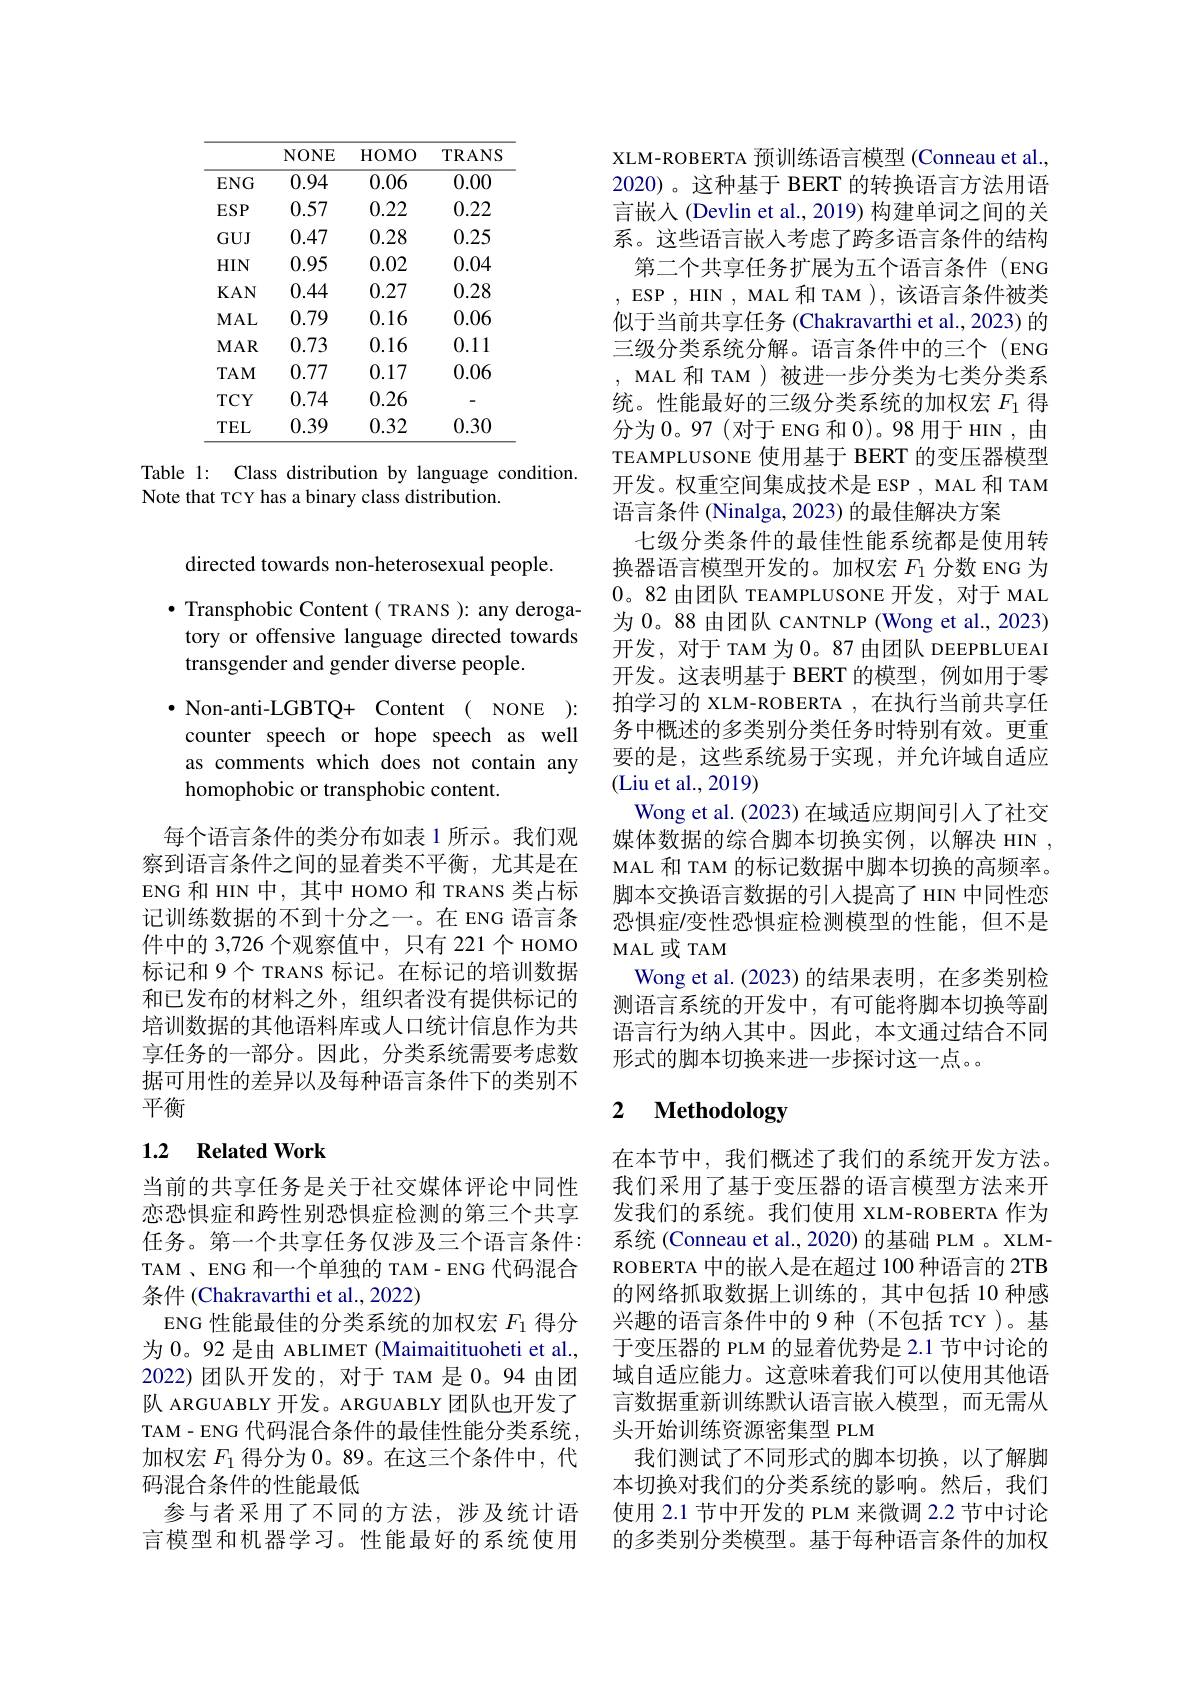
<table>
	<tbody>
		<tr>
			<th> </th>
			<th>NONE</th>
			<th>${\mathrm{HOMO}}$</th>
			<th>$\mathbf{TRANS}$</th>
		</tr>
		<tr>
			<td>$ENG$</td>
			<td>0.94</td>
			<td>0.06</td>
			<td>0.00</td>
		</tr>
		<tr>
			<td>$ESP$</td>
			<td>0.57</td>
			<td>0.22</td>
			<td>0.22</td>
		</tr>
		<tr>
			<td>$GUJ$</td>
			<td>0.47</td>
			<td>0.28</td>
			<td>0.25</td>
		</tr>
		<tr>
			<td>$HIN$</td>
			<td>0.95</td>
			<td>0.02</td>
			<td>0.04</td>
		</tr>
		<tr>
			<td>$KAN$</td>
			<td>0.44</td>
			<td>0.27</td>
			<td>0.28</td>
		</tr>
		<tr>
			<td>$MAL$</td>
			<td>0.79</td>
			<td>0.16</td>
			<td>0.06</td>
		</tr>
		<tr>
			<td>$MAR$</td>
			<td>0.73</td>
			<td>0.16</td>
			<td>0.11</td>
		</tr>
		<tr>
			<td>$TAM$</td>
			<td>0.77</td>
			<td>0.17</td>
			<td>0.06</td>
		</tr>
		<tr>
			<td>$TCY$</td>
			<td>0.74</td>
			<td>0.26</td>
			<td> </td>
		</tr>
		<tr>
			<td>$TEL$</td>
			<td>0.39</td>
			<td>0.32</td>
			<td>0.30</td>
		</tr>
	</tbody>
</table>

Table 1: Class distribution by language condition.
Note that TCY has a binary class distribution.

directed towards non-heterosexual people.
$\bullet$ Transphobic Content( TRANS ): any deroga-
tory or offensive language directed towards
transgender and gender diverse people.
$\bullet$ Non-anti-LGBTQ+ Content ( NONE ): counter speech or hope speech as well as comments which does not contain any homophobic or transphobic content.

每个语言条件的类分布如表 1 所示。我们观察到语言条件之间的显着类不平衡，尤其是在ENG 和 HIN 中，其中 HOMO 和 TRANS 类占标记训练数据的不到十分之一。在 ENG 语言条件中的 3,726 个观察值中，只有 221 个 HOMO 标记和 9个 TRANS 标记。在标记的培训数据和已发布的材料之外，组织者没有提供标记的培训数据的其他语料库或人口统计信息作为共享任务的一部分。因此，分类系统需要考虑数据可用性的差异以及每种语言条件下的类别不平衡

## 1.2 Related Work

当前的共享任务是关于社交媒体评论中同性恋恐惧症和跨性别恐惧症检测的第三个共享任务。第一个共享任务仅涉及三个语言条件： TAM 、ENG 和一个单独的 TAM-ENG 代码混合条件 (Chakravarthi et al., 2022)
ENG 性能最佳的分类系统的加权宏$F_{1}$得分为 0。92 是由 ABLIMET (Maimaitituoheti et al., 2022)团队开发的，对于 TAM 是0。94由团队 ARGUABLY 开发。ARGUABLY 团队也开发了TAM-ENG 代码混合条件的最佳性能分类系统， 加权宏$F_{1}$得分为0。89。在这三个条件中，代码混合条件的性能最低
参与者采用了不同的方法，涉及统计语言模型和机器学习。性能最好的系统使用

XLM-ROBERTA 预训练语言模型 (Conneau et al., 2020)。这种基于 BERT 的转换语言方法用语言嵌入(Devlin et al., 2019) 构建单词之间的关系。这些语言嵌人考虑了跨多语言条件的结构第二个共享任务扩展为五个语言条件(ENG ,ESP,HIN,MAL 和 TAM),该语言条件被类似于当前共享任务 (Chakravarthi et al., 2023) 的三级分类系统分解。语言条件中的三个(ENG , MAL 和 TAM )被进一步分类为七类分类系统。性能最好的三级分类系统的加权宏$F_{1}$得分为0。97(对于ENG 和0)。98 用于 HIN ,由TEAMPLUSONE 使用基于 BERT 的变压器模型开发。权重空间集成技术是 ESP , MAL 和 TAM 语言条件 (Ninalga, 2023) 的最佳解决方案
七级分类条件的最佳性能系统都是使用转换器语言模型开发的。加权宏$F_{1}$分数 ENG 为0。82由团队 TEAMPLUSONE 开发，对于 MAL 为 0。88 由团队 CANTNLP (Wong et al., 2023) 开发，对于 TAM 为0。87 由团队 DEEPBLUEAI 开发。这表明基于 BERT 的模型，例如用于零拍学习的 XLM-ROBERTA ,在执行当前共享任务中概述的多类别分类任务时特别有效。更重要的是，这些系统易于实现，并允许域自适应(Liu et al., 2019)
Wong et al. (2023) 在域适应期间引入了社交媒体数据的综合脚本切换实例，以解决 HIN , MAL 和 TAM 的标记数据中脚本切换的高频率。脚本交换语言数据的引入提高了 HIN 中同性恋恐惧症/变性恐惧症检测模型的性能，但不是MAL 或 TAM
Wong et al.(2023)的结果表明，在多类别检测语言系统的开发中，有可能将脚本切换等副语言行为纳入其中。因此，本文通过结合不同形式的脚本切换来进一步探讨这一点。

# 2 Methodology

在本节中，我们概述了我们的系统开发方法。我们采用了基于变压器的语言模型方法来开发我们的系统。我们使用 XLM-ROBERTA 作为系统 (Conneau et al., 2020) 的基础 PLM 。XLMROBERTA 中的嵌入是在超过 100 种语言的 2TB 的网络抓取数据上训练的，其中包括 10 种感兴趣的语言条件中的 9 种 (不包括 TCY)。基于变压器的 PLM 的显着优势是 2.1 节中讨论的域自适应能力。这意味着我们可以使用其他语言数据重新训练默认语言嵌入模型，而无需从头开始训练资源密集型 PLM
我们测试了不同形式的脚本切换，以了解脚本切换对我们的分类系统的影响。然后，我们使用 2.1 节中开发的 PLM 来微调 2.2 节中讨论的多类别分类模型。基于每种语言条件的加权